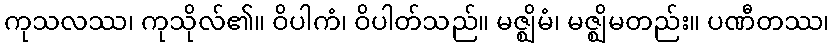
ကုသလဿ၊ ကုသိုလ်၏။ ဝိပါကံ၊ ဝိပါတ်သည်။ မဇ္ဈိမံ၊ မဇ္ဈိမတည်း။ ပဏီတဿ၊